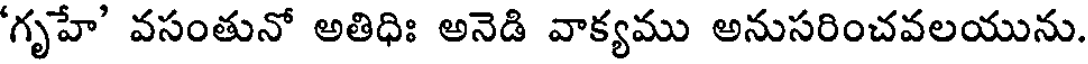
'గృహే' వసంతునో అతిధిః అనెడి వాక్యము అనుసరించవలయును.